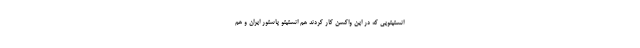
انستیتویی که در این واکسن کار کردند هم انستیتو پاستور ایران و هم